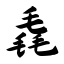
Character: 毳